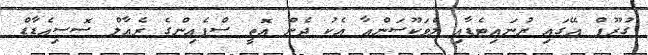
ގުރޫޕް އޭގައި ޔުނައިޓެޑާއި ލެވަކޫސަންއާ އެކު ދެން އޮތީ ސްޕެއިންގެ ރެއާލް ސޮސިއެޑާޑް